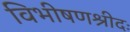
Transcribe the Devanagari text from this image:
विभीषणश्रीदः